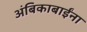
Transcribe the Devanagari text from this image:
अंबिकाबाईंना